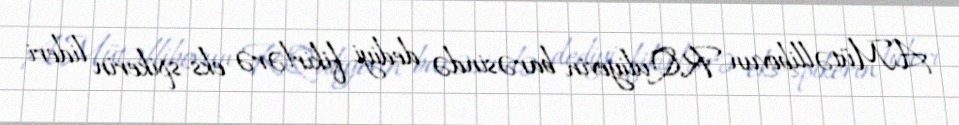
A.Mütəllibovun R.Quliyevin barəsində dediyi fikirlərə eks-spikerin lideri